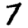
Digit: 7